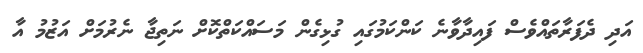
އަދި ދެފަރާތައްވެސް ފައިދާވާނެ ކަންކަމުގައި ގުޅިގެން މަސައްކަތްކޮށް ނަތިޖާ ނެރުމަށް އަޒުމު އާ